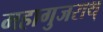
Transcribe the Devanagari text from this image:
महागुजराथ्